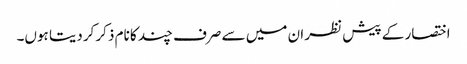
اختصار کے پیش نظر ان میں سے صرف چند کا نام ذکر کردیتا ہوں۔